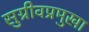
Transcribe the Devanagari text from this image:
सुग्रीवप्रमुखा